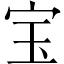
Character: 宝